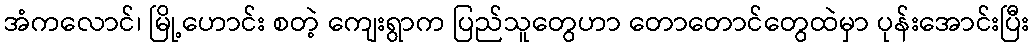
အံကလောင်၊ မြို့ဟောင်း စတဲ့ ကျေးရွာက ပြည်သူတွေဟာ တောတောင်တွေထဲမှာ ပုန်းအောင်းပြီး